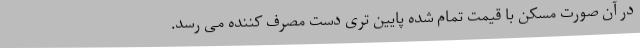
در آن صورت مسکن با قیمت تمام شده پایین تری دست مصرف کننده می رسد.